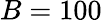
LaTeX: B=100